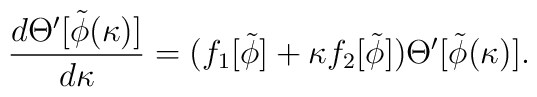
{{d\Theta^\prime[\tilde\phi(\kappa)]}\over{d\kappa}}=(f_1[\tilde\phi]+\kappa f_2[\tilde\phi])\Theta^\prime[\tilde\phi(\kappa)].